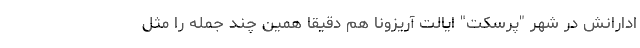
ادارانش در شهر "پرسکت" ایالت آریزونا هم دقیقا همین چند جمله را مثل